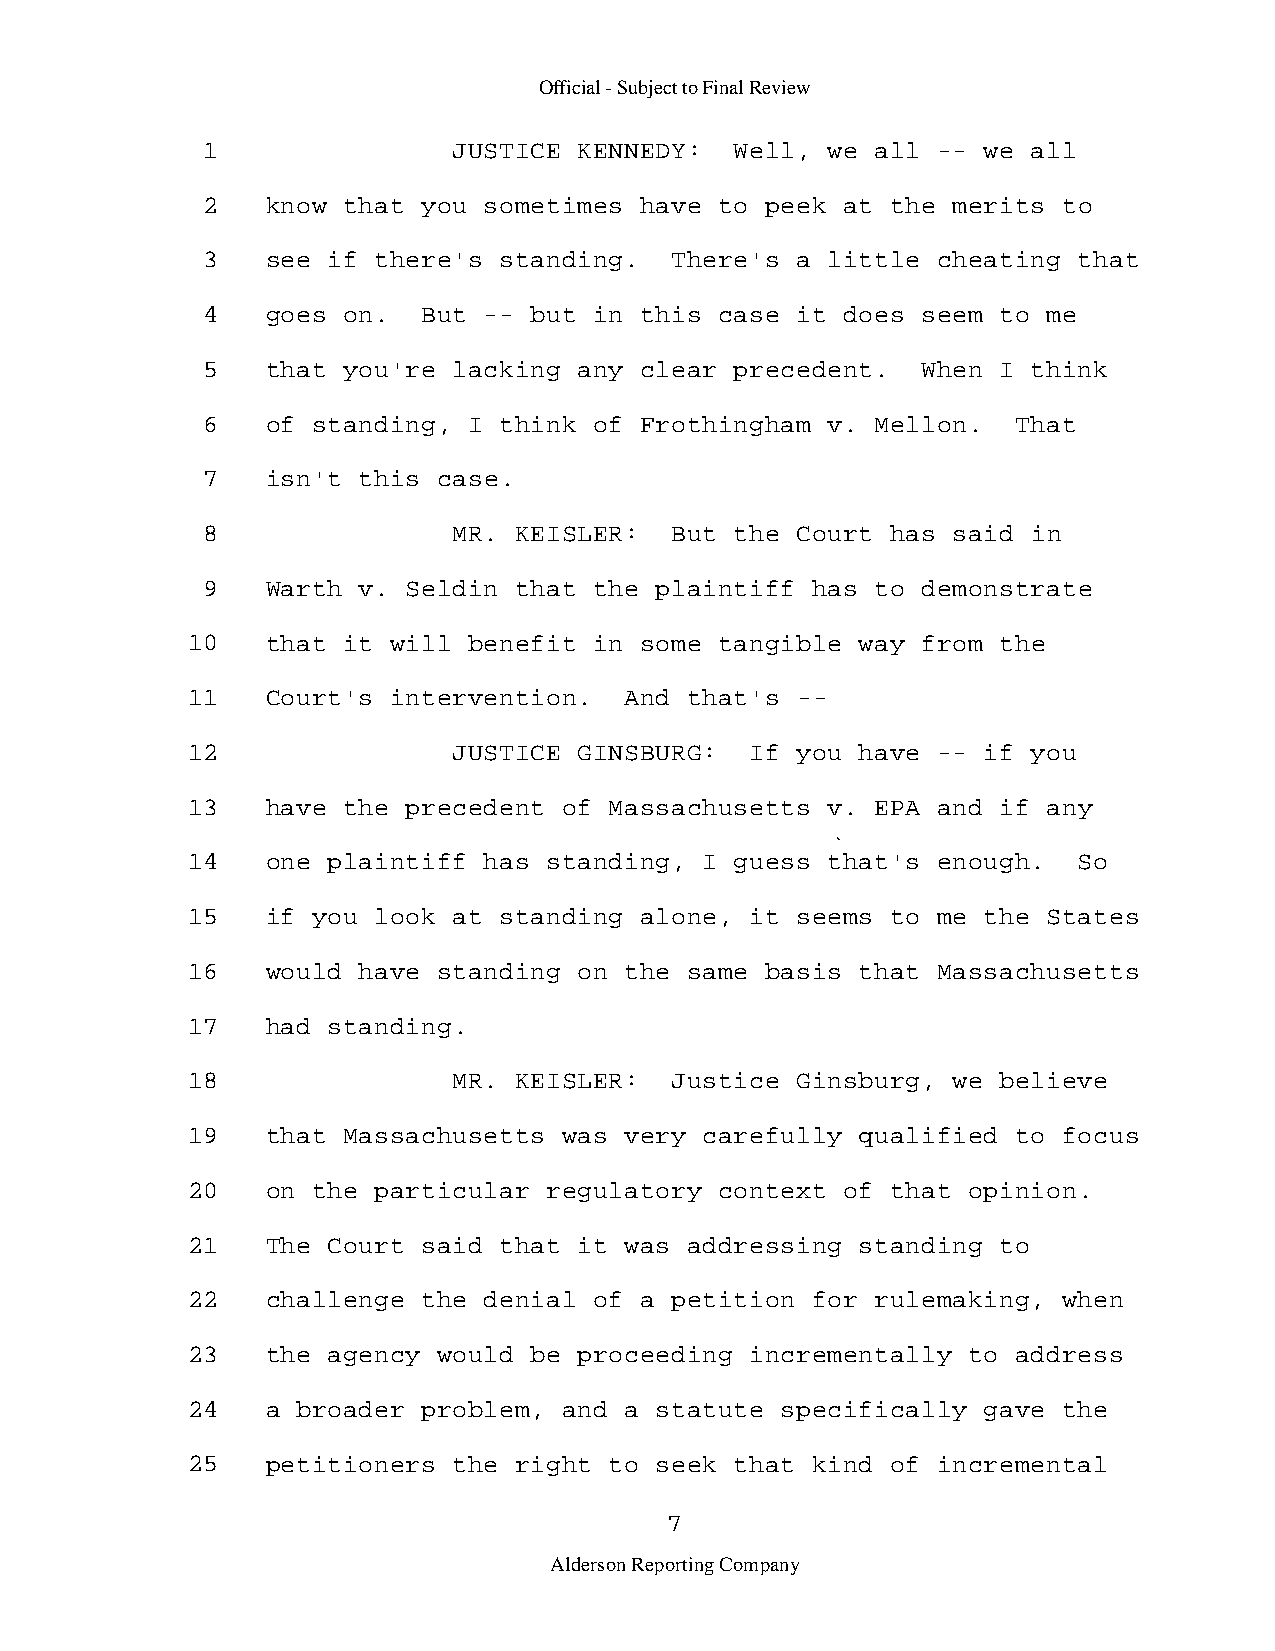
Official - Subject to Final Review
 1                JUSTICE KENNEDY:   Well, we all -- we all
 2    know that you sometimes have  to peek at the merits to
 3    see if there's standing.  There's  a little cheating that
 4    goes on.  But -- but in this  case it does seem to me
 5    that you're lacking any clear  precedent.  When I think
 6    of standing, I think of Frothingham  v. Mellon.  That
 7    isn't this case.
 8                MR. KEISLER:  But  the Court has said in
 9    Warth v. Seldin that the plaintiff  has to demonstrate
 10    that it will benefit in some  tangible way from the
 11    Court's intervention.  And  that's -­
 12                JUSTICE GINSBURG:   If you have -- if you
 13    have the precedent of Massachusetts  v. EPA and if any
 14    one plaintiff has standing,  I guess that's enough.  So
 15    if you look at standing alone,  it seems to me the States
 16    would have standing on the  same basis that Massachusetts
 17    had standing.
 18                MR. KEISLER:  Justice  Ginsburg, we believe
 19    that Massachusetts was very  carefully qualified to focus
 20    on the particular regulatory  context of that opinion.
 21    The Court said that it was  addressing standing to
 22    challenge the denial of a petition  for rulemaking, when
 23    the agency would be proceeding  incrementally to address
 24    a broader problem, and a statute  specifically gave the
 25    petitioners the right to seek  that kind of incremental
 7
 Alderson Reporting Company